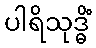
ပါရိသုဒ္ဓိံ